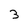
Character: 3